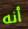
أنه